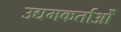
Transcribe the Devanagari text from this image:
उद्यमकर्ताओं